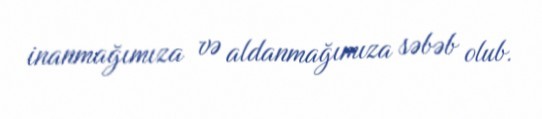
inanmağımıza və aldanmağımıza səbəb olub.